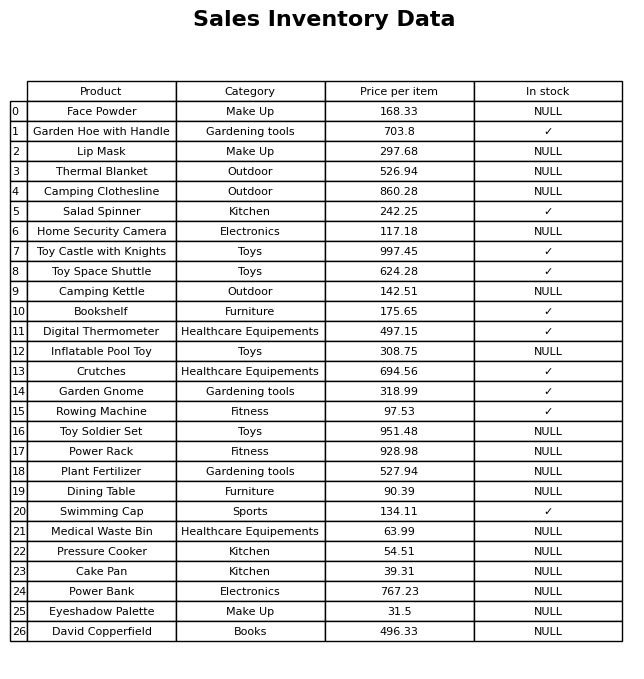
question: What is the price of the Power Rack?
answer: The price of Power Rack is 928.98.